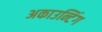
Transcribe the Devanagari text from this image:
अकाउन्टिंग